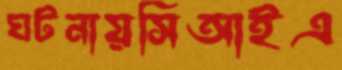
ঘটনায়সিআইএ